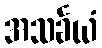
အသင်္ခယံ